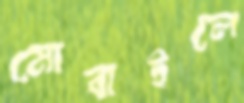
মোবাইলে